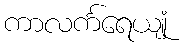
ကာလင်္ကရေယျုံ